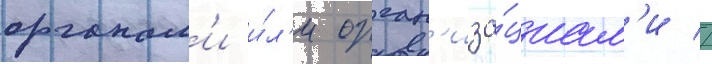
органам'и и́л'и орган'иза́циам'и //